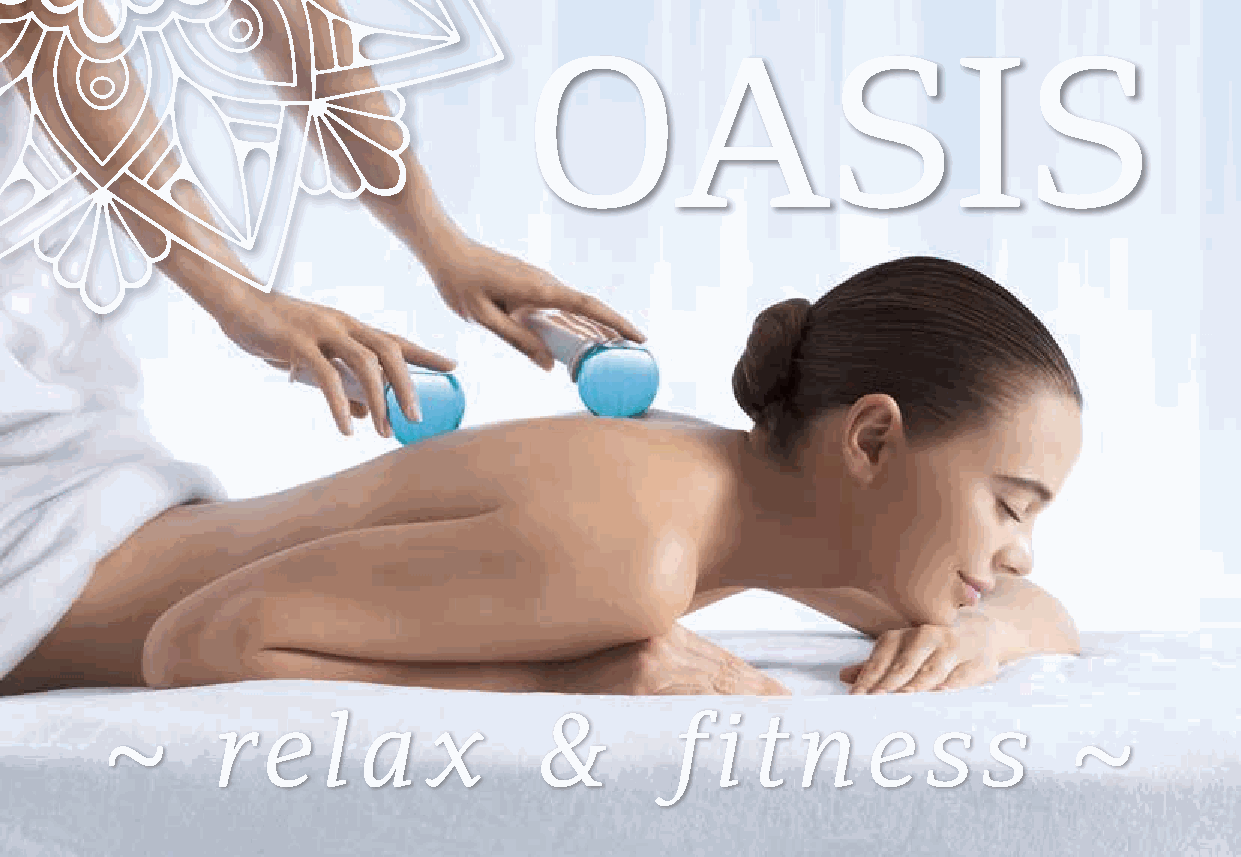
OASIS
 ~      re     l  a   x       &       f  i  t n    e   s   s     ~